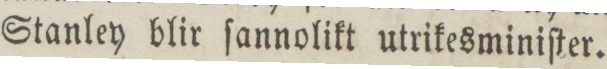
Stanley blir ſannolikt utrikesminiſter.